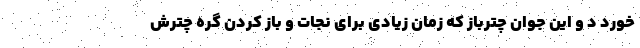
خورد د و این جوان چترباز که زمان زیادی برای نجات و باز کردن گره چترش